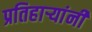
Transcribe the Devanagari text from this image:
प्रतिहार्‍यांनी